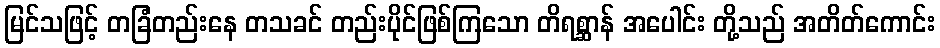
မြင်သဖြင့် တခြံတည်းနေ တသခင် တည်းပိုင်ဖြစ်ကြသော တိရစ္ဆာန် အပေါင်း တို့သည် အတိတ်ကောင်း